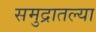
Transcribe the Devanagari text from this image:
समुद्रातल्या